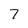
Character: 7